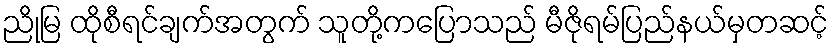
ညိုမြ ထိုစီရင်ချက်အတွက် သူတို့ကပြောသည် မီဇိုရမ်ပြည်နယ်မှတဆင့်